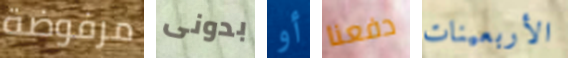
مرفوضة بدونى أو دفعنا الأربعينات